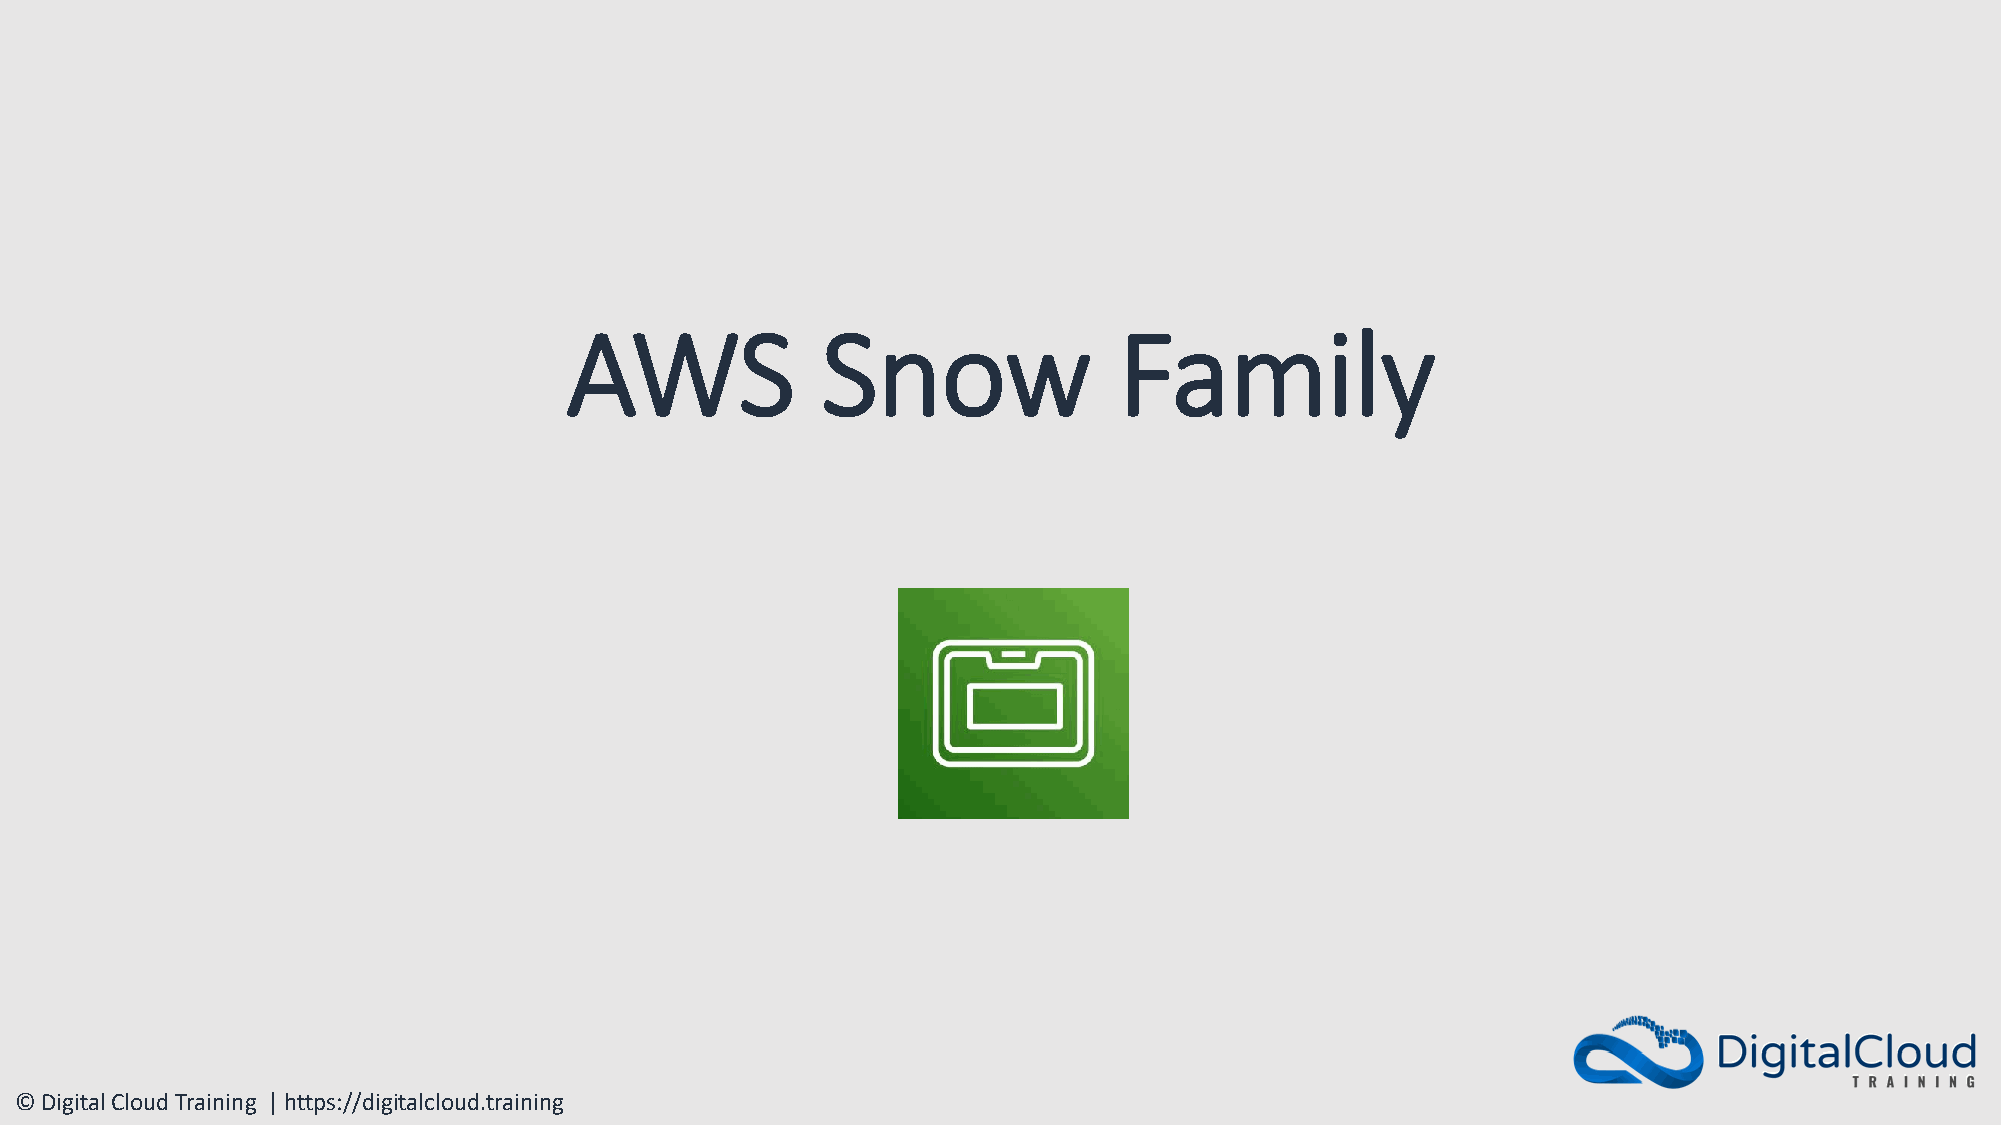
AWS              Snow                Family
 © Digital Cloud Training | https://digitalcloud.training